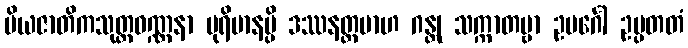
ပိယဇာတိကသုတ္တဝဏ္ဏနာ ပုရိမာနမ္ပိ ဒဿနတ္ထမာဟ ဂန္တု သက္ကာတဗ္ဗာ ဥမင်္ဂေါ ဥပ္ပတတံ